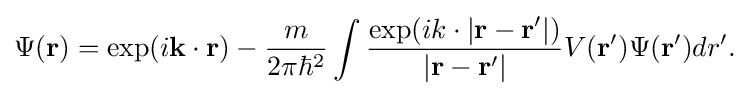
{\begin{aligned}\Psi ({\mathbf {r} })=\exp(i{\mathbf {k\cdot r} })-{\frac {m}{2\pi \hbar ^{2}}}\int {\frac {\exp(ik\cdot {\mathbf {|r-r'|} })}{\mathbf {|r-r'|} }}V({\mathbf {r'} })\Psi ({\mathbf {r'} })dr'.\end{aligned}}